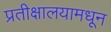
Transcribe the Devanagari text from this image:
प्रतीक्षालयामधून